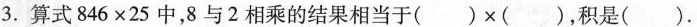
3.算式$$8 4 6 \times 2 5$$中，8与2相乘的结果相当于$$( ) \times ( )$$，积是( ).